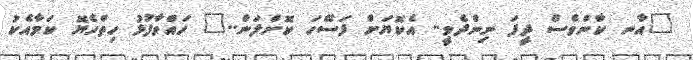
"އާނ ކާންވެސް ދީފަ ނިންދެވީ.. އެކޮޔަށް ފަސޭހަ ކޮށްލަން.." ހައްވާފުޅު ހިތްހެޔޮ ކަމާއެކު